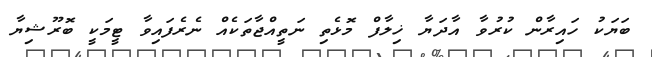
ބަޔަކު ހައިރާން ކުރުވާ އާދަޔާ ޚިލާފް މޮޅެތި ނަތީއްޖާތަކެއް ނެރެފައިވާ ޓީމަކީ ބޮރޫޝިޔާ